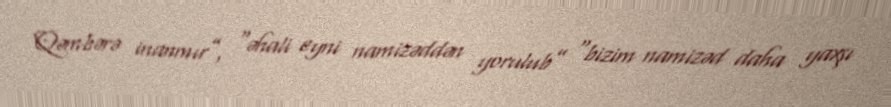
Qəmbərə inanmır”, “əhali eyni namizəddən yorulub” “bizim namizəd daha yaxşı